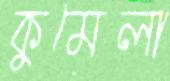
কুমেলা